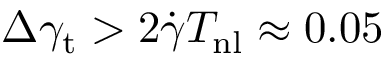
\Delta \gamma _ { \mathrm { t } } > 2 \dot { \gamma } T _ { \mathrm { n l } } \approx 0 . 0 5